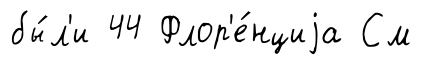
бы́л'и 44 Флор'е́нциjа См